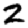
Digit: 2